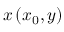
x \left( x _ { 0 } , y \right)